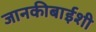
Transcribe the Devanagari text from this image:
जानकीबाईशी